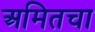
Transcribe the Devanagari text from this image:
अमितचा